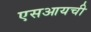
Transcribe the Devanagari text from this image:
एसआयची